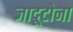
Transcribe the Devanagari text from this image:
जादूटोना